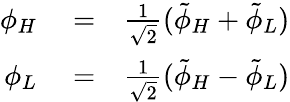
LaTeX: \begin{array}{rlr}{\phi_{H}}&{{}=}&{\frac{1}{\sqrt 2}(\tilde{\phi}_{H}+\tilde{\phi}_{L})}\\ {\phi_{L}}&{{}=}&{\frac{1}{\sqrt 2}(\tilde{\phi}_{H}-\tilde{\phi}_{L})}\end{array}